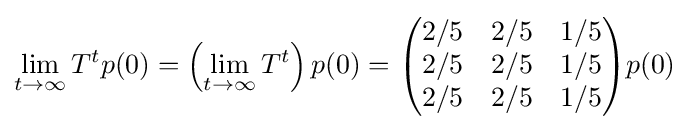
\lim _{t\to \infty }T^{t}p(0)=\left(\lim _{t\to \infty }T^{t}\right)p(0)={\begin{pmatrix}2/5&2/5&1/5\\2/5&2/5&1/5\\2/5&2/5&1/5\\\end{pmatrix}}p(0)